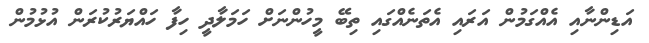
އަޑިންނާއި އެއްގަމުން އަރައި އެތަނެއްގައި ތިބޭ މީހުންނަށް ހަމަލާދީ ހިފާ ހައްޔަރުކުރަން އުޅުމުން